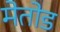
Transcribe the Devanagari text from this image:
मेतोड